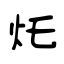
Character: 灹